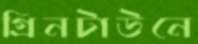
গ্রিনটাউনে